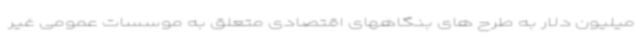
میلیون دلار به طرح های بنگاههای اقتصادی متعلق به موسسات عمومی غیر